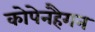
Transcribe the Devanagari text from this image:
कोपेनहैगन